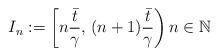
LaTeX: \begin{align*}I_n:=\left[n\dfrac{\bar{t}}{\gamma},\,(n+1)\dfrac{\bar{t}}{\gamma}\right) n \in {\mathbb{N}}\end{align*}